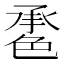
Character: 𦫠